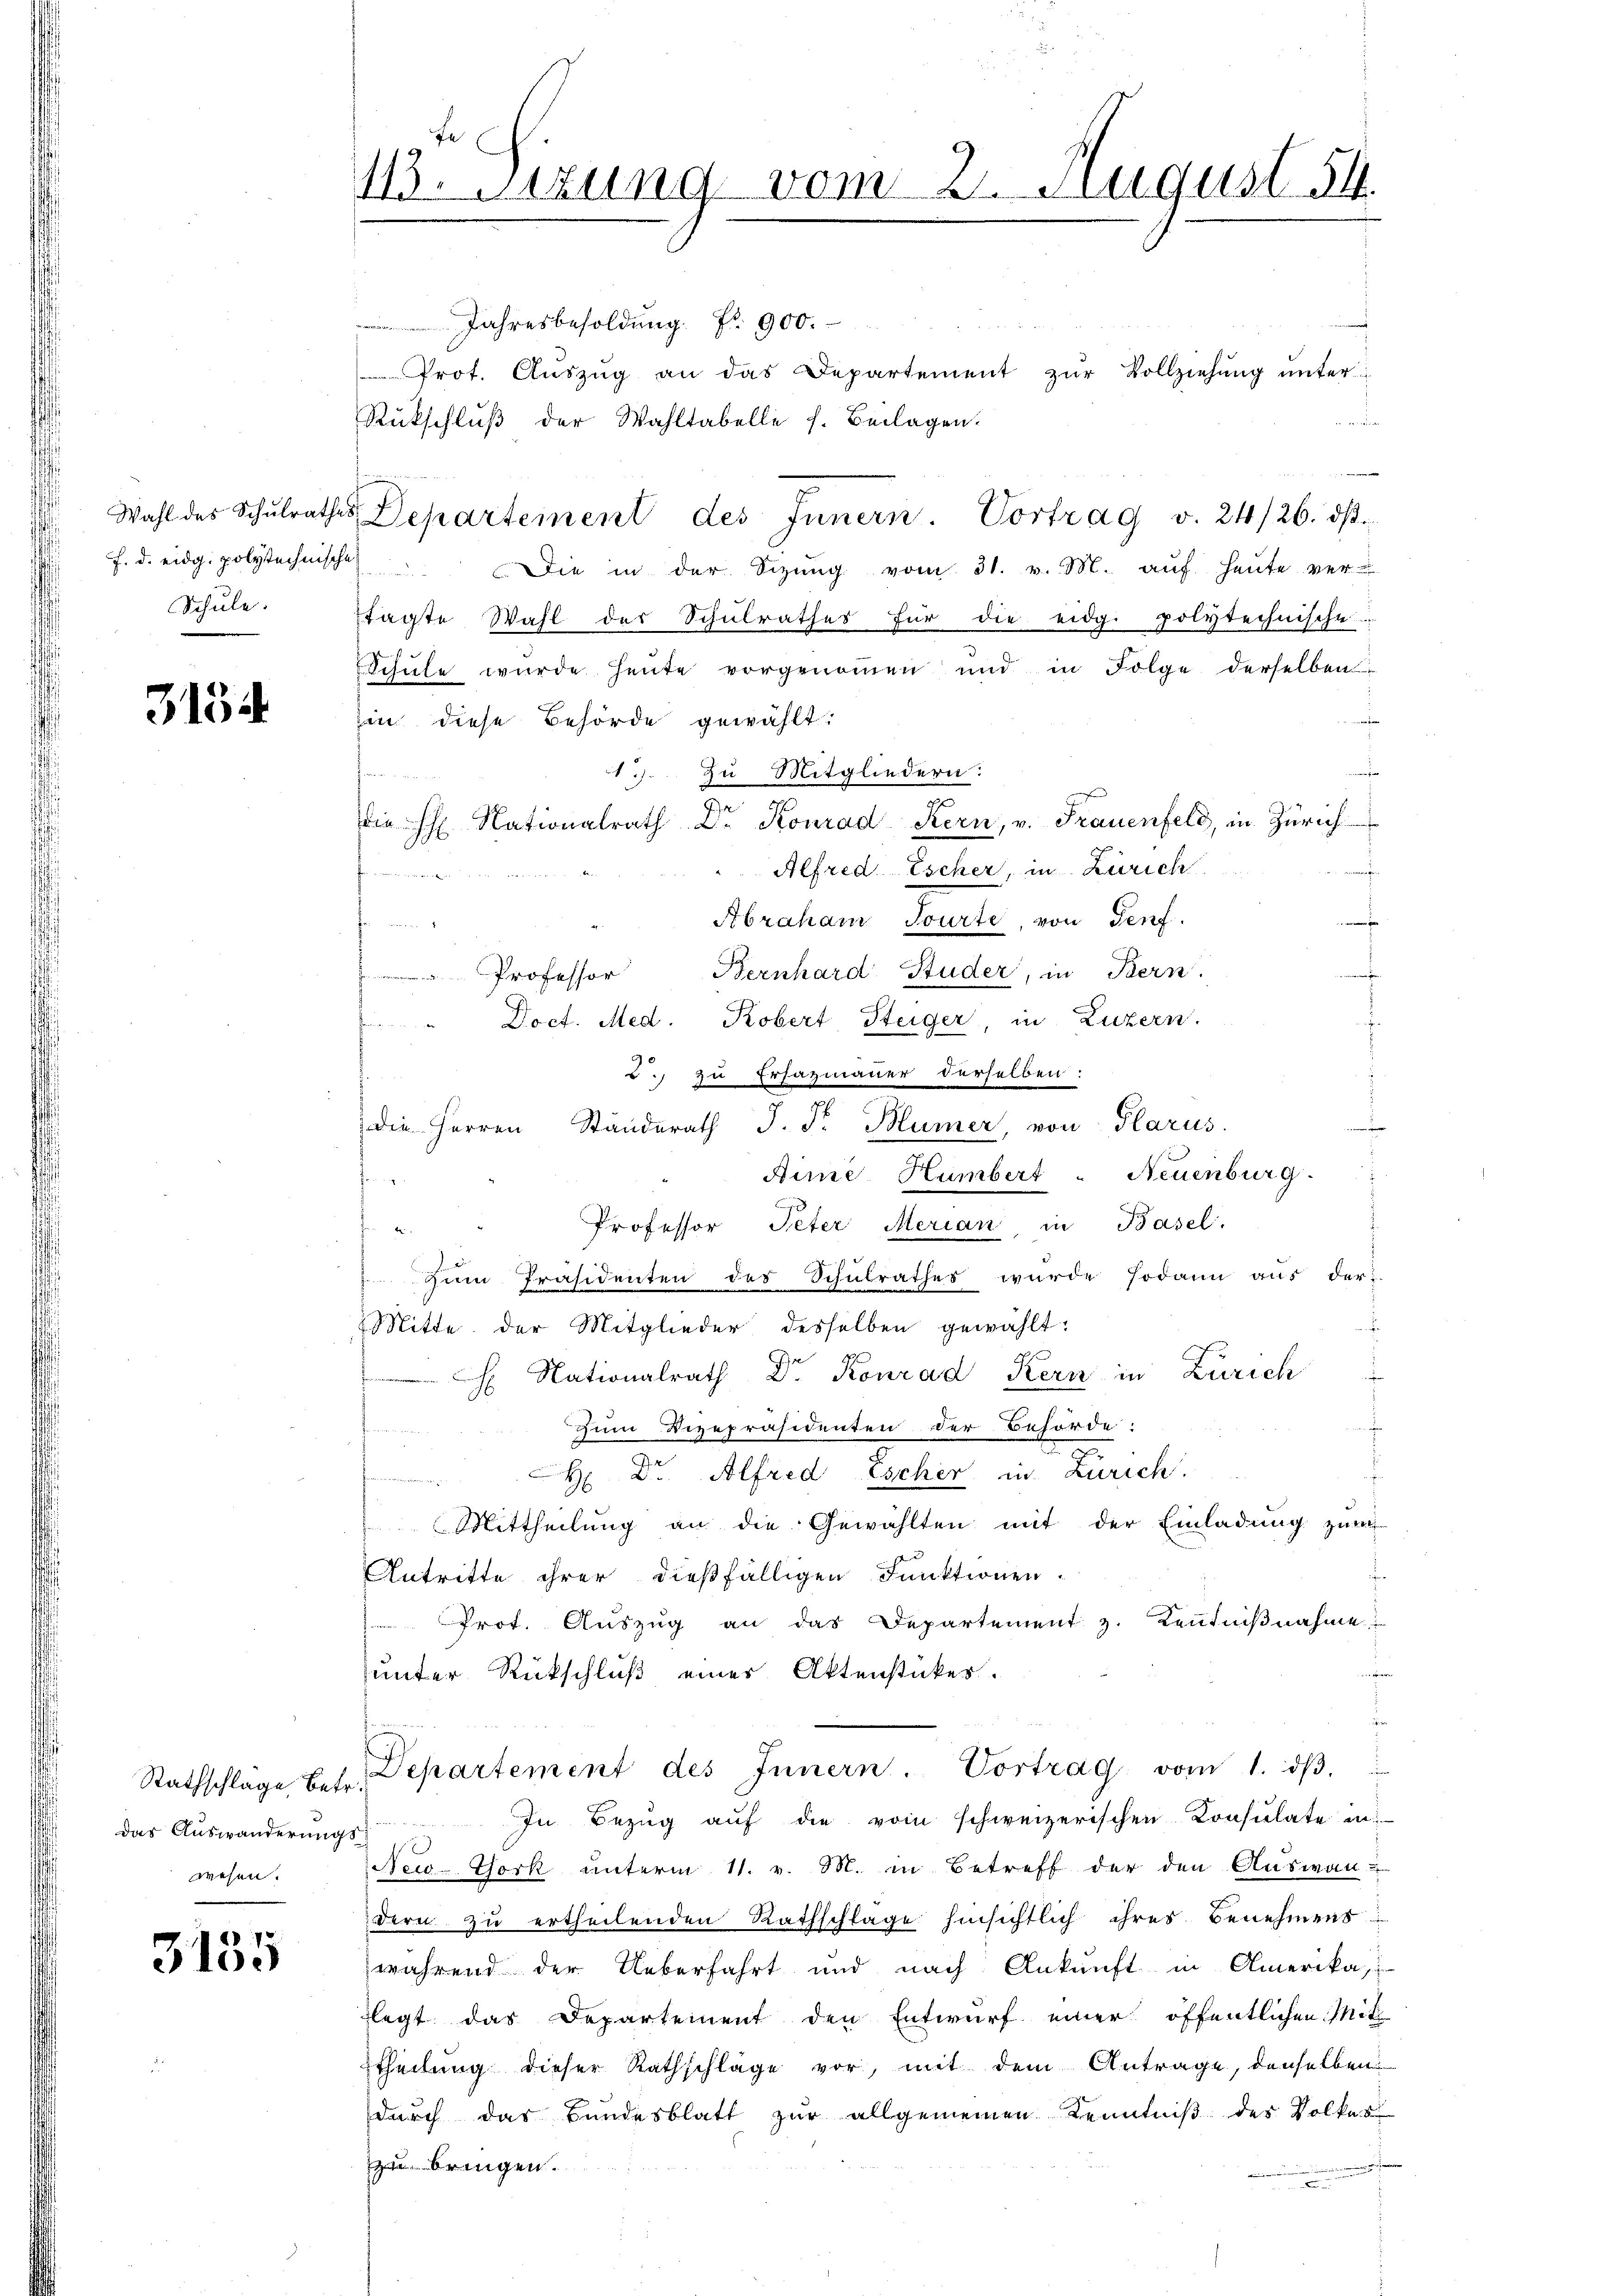
Wahl des Schulrathes
f. d. eidg. polytechnische
Schule.

3134

Das Auswanderungs
wesen.

3155

113. Sitzung vom 2. August 54.

Jahresbesoldung Nr. 900.
Prof. Auszug an das Departement zur Vollziehung unter
a
Rükschluß der Wahltabelle s. Beilagen.
n
Departement des Innern. Vortrag v. 24/26. dβ.
Die in der Sizŭng vom 31. v. M. aŭf heŭte ver-
tagte Wahl der Schulrathes für die eidg. polytechnische
Schule wurde heute vorgenommen und in Folge derselben
in diese Behörde gewählt:
r
 9.
zu Mitgliedern:
i eine im ein
die h. Nationalrath Dr Konrad Kern, v. Frauenfeld, in Zürich
e
Alfred Escher, in Zürich
Heer unter sich der an

Abraham Tourte, von Genf

iierten Herrei
Bernhard Studer, in Bern.
 Professor
f
" Doct. Med. Kobert Steiger, in Luzern.
2. zu Ersazmauer derselben:
die Herren Ständerath J. F. Blümer, von Glarus.
Aime Humbert - Neuenburg.
f
Professor Peter Merian, in Basel.

Zum Präsidenten des Schulrathes wurde sodann aus der
Mitte der Mitglieder desselben gewählt:
.
2
 Nationalrath Dr. Konrad Kern in Zürich
Zum Vizepräsidenten der Behörde:
n
H Dr. Alfred Escher in Zürich.
Mittheilung an die Gewählten mit der Einladung zum
Antritte ihrer dießfälligen Funktionen.
Prot. Auszug an das Departement z. Kenntnißnahme
unter Rückschluß eines Aktenstückes.
Rathschlage betr. Departement des Innern Vortrag vom 1. dβ.
In Bezug auf die vom schweizerischen Consulate in
New-York unterm 11. v. M. in Betreff der den Auswandern zu ertheilenden Rathschlage hinsichtlich ihres Benehmens
während der Ueberfahrt und nach Ankunft in Amerikas
legt das Departement den Entwurf einer öffentlichen Mit
Etheilung dieser Rathschläge vor, mit dem Antrage, denselben
durch das Bundesblatt zur allgemeinen Kenntniß des Volkes
e
zu bringen.